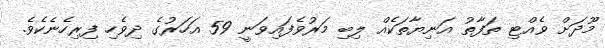
މޫދަށް ވެއްޓި ތަފާތު އަނިޔާތަކެއް ލިބި މަރުވެފައިވަނީ 59 އަހަރުގެ ދިވެހި ފިރިހެނެކެވެ.